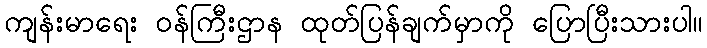
ကျန်းမာရေး ဝန်ကြီးဌာန ထုတ်ပြန်ချက်မှာကို ပြောပြီးသားပါ။